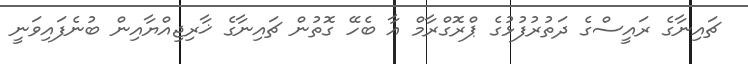
ޗައިނާގެ ރައީސްގެ ދަތުރުފުޅުގެ ޕްރޮގްރާމް އާ ބެހޭ ގޮތުން ޗައިނާގެ ޚާރިޖިއްޔާއިން ބުނެފައިވަނީ